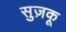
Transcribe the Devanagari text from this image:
सुज़कू